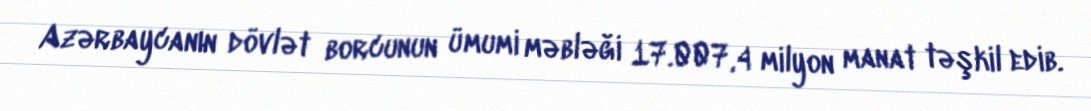
Azərbaycanın dövlət borcunun ümumi məbləği 17.007,4 milyon manat təşkil edib.